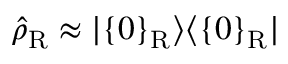
{ \hat { \rho } } _ { \mathrm { R } } \approx | \{ 0 \} _ { \mathrm { R } } \rangle \langle \{ 0 \} _ { \mathrm { R } } |